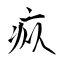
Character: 疭